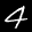
Label: 4